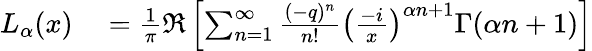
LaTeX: \begin{array}{rl}{L_{\alpha}(x)}&{{}={\frac{1}{\pi}}\Re\left[\sum_{n=1}^{\infty}{\frac{(-q)^{n}}{n!}}\left({\frac{-i}{x}}\right)^{\alpha n+1}\Gamma(\alpha n+1)\right]}\end{array}